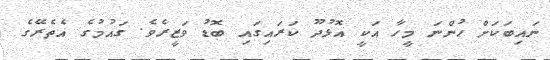
ނައިބަކަށް ހުންނަ މީހާ އަކީ އޮޅުދޫ ކަރައިގައި ބޮޑު ވަޒީރެވެ. ގައުމުގެ އެތެރޭގެ